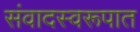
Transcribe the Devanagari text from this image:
संवादस्वरूपात